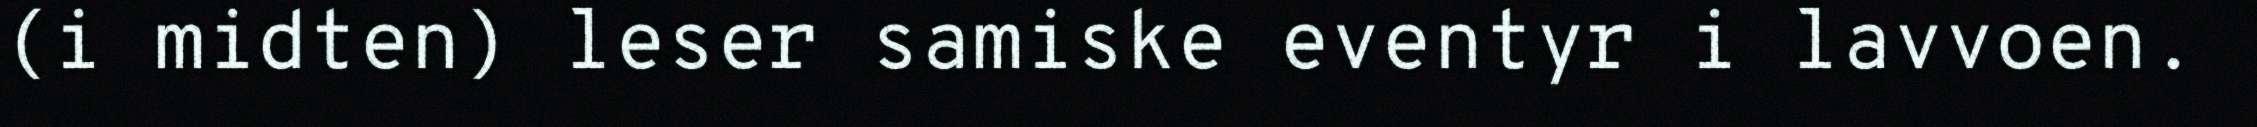
(i midten) leser samiske eventyr i lavvoen.